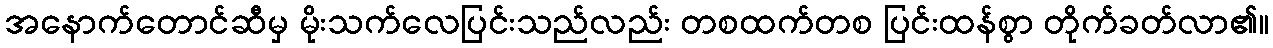
အနောက်တောင်ဆီမှ မိုးသက်လေပြင်းသည်လည်း တစထက်တစ ပြင်းထန်စွာ တိုက်ခတ်လာ၏။